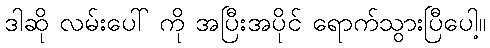
ဒါဆို လမ်းပေါ် ကို အပြီးအပိုင် ရောက်သွားပြီပေါ့။